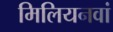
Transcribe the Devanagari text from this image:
मिलियनवां